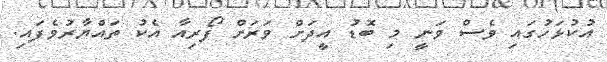
އުކުޅަހުގައި ވެސް ވަނީ މި ބޮޑު އީދަށް ވަރަށް ފޯރިއާ އެކު ތައްޔާރުވެފައި.